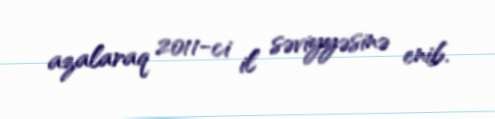
azalaraq 2011-ci il səviyyəsinə enib.